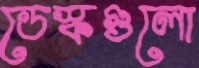
ডেস্কগুলো